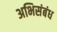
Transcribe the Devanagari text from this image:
अभिसंबंध